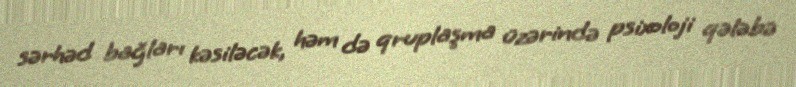
sərhəd bağları kəsiləcək, həm də qruplaşma üzərində psixoloji qələbə